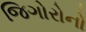
જિગોરોનો